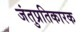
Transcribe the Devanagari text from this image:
जंतुप्रतिकारक